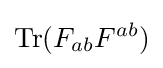
{\text{Tr}}(F_{ab}F^{ab})